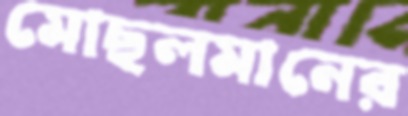
মোছলমানের